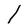
Character: l